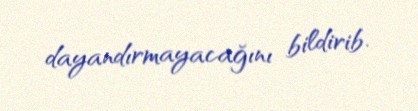
dayandırmayacağını bildirib.